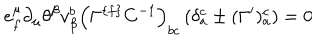
e _ { { f } } ^ { \mu } \partial _ { \mu } \theta ^ { \beta } v _ { \beta } ^ { { b } } \left( \Gamma ^ { \{ { f \} } } C ^ { - { 1 } } \right) _ { { b c } } \left( \delta _ { { a } } ^ { { c } } \pm ( \Gamma ^ { \prime } ) _ { { a } } ^ { { c } } \right) = 0